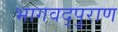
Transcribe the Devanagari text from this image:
भागवद्पुराण